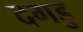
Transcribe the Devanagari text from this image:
दगडु